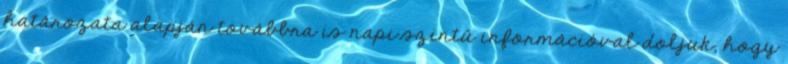
határozata alapján továbbra is napi szintű információval doljuk, hogy